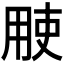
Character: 𱰝